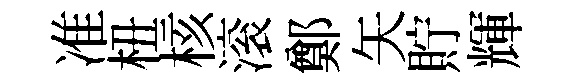
准杻核滚鄭矢貯輝